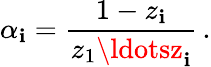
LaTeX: \alpha_{\mathbf{i}}=\frac{{1-z_{\mathbf{i}}}}{{z_{1}\ldotsz_{\mathbf{i}}}}\, .